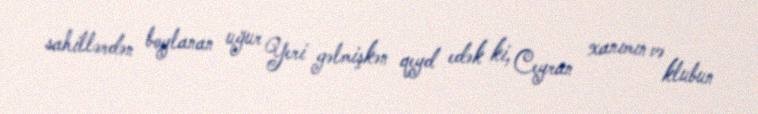
sahillərdən boylanan uğur Yeri gəlmişkən qeyd edək ki, Ceyran xanımın və klubun